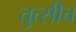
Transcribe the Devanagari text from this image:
तुत्‍सीच